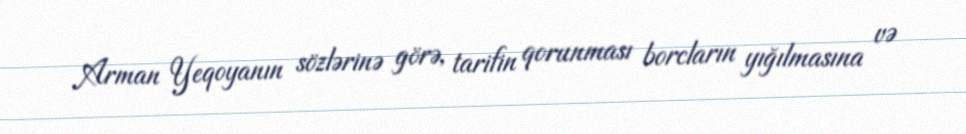
Arman Yeqoyanın sözlərinə görə, tarifin qorunması borcların yığılmasına və